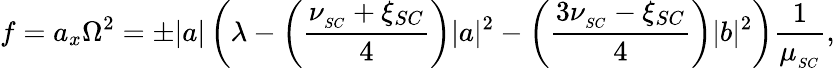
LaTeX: f=a_{x}\Omega^{2}=\pm|a|\left(\lambda-\left(\frac{\nu_{_{SC}}+\xi_{SC}}{4}\right)|a|^{2}-\left(\frac{3\nu_{_{SC}}-\xi_{SC}}{4}\right)|b|^{2}\right)\frac{1}{\mu_{_{SC}}},